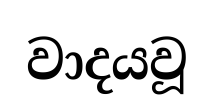
වාදයවූ